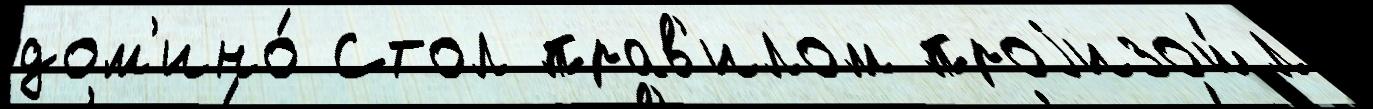
дом'ино́ Стол прав'илом проjизош́л